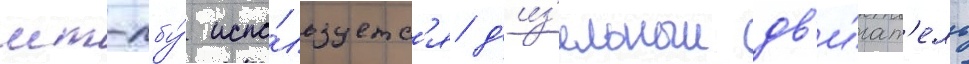
мт-лбу́ испо́льзуетс'я д'из'ельныи дв'и́гат'ель